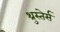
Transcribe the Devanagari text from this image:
थ्रुस्तेर्स